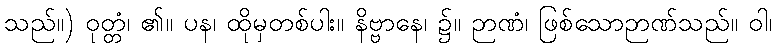
သည်။) ဝုတ္တံ၊ ၏။ ပန၊ ထိုမှတစ်ပါး။ နိဗ္ဗာနေ၊ ၌။ ဉာဏံ၊ ဖြစ်သောဉာဏ်သည်။ ဝါ၊